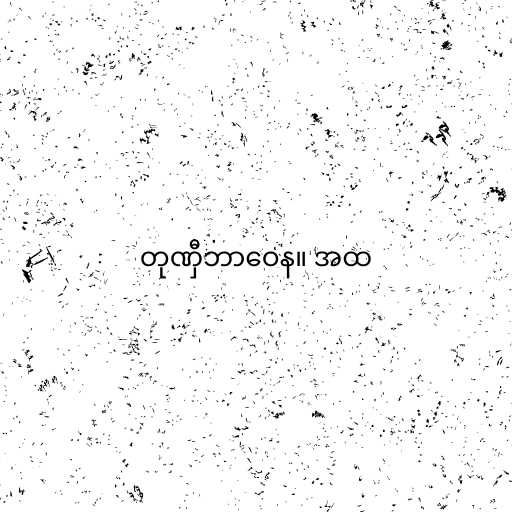
တုဏှီဘာဝေန။ အထ